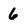
Character: 6